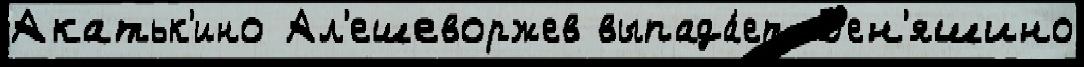
Акатьк'ино Ал'ешеворжев выпада́ет Д'ен'яшино